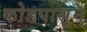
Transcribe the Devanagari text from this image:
कोडपासून